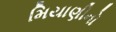
મિયાણીનો